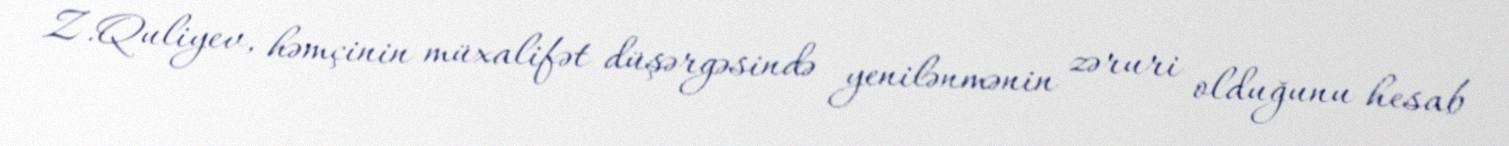
Z.Quliyev, həmçinin müxalifət düşərgəsində yenilənmənin zəruri olduğunu hesab